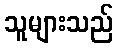
သူများသည်